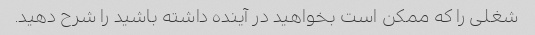
شغلی را که ممکن است بخواهید در آینده داشته باشید را شرح دهید.